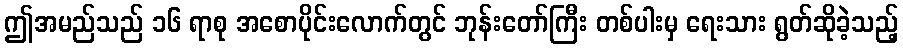
ဤအမည်သည် ၁၆ ရာစု အစောပိုင်းလောက်တွင် ဘုန်းတော်ကြီး တစ်ပါးမှ ရေးသား ရွတ်ဆိုခဲ့သည့်